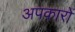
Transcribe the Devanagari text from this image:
अपकारों